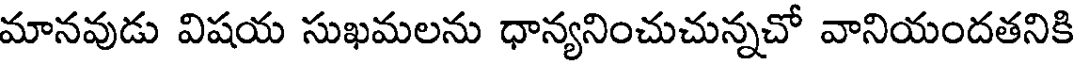
మానవుడు విషయ సుఖమలను ధాన్యనించుచున్నచో వానియందతనికి